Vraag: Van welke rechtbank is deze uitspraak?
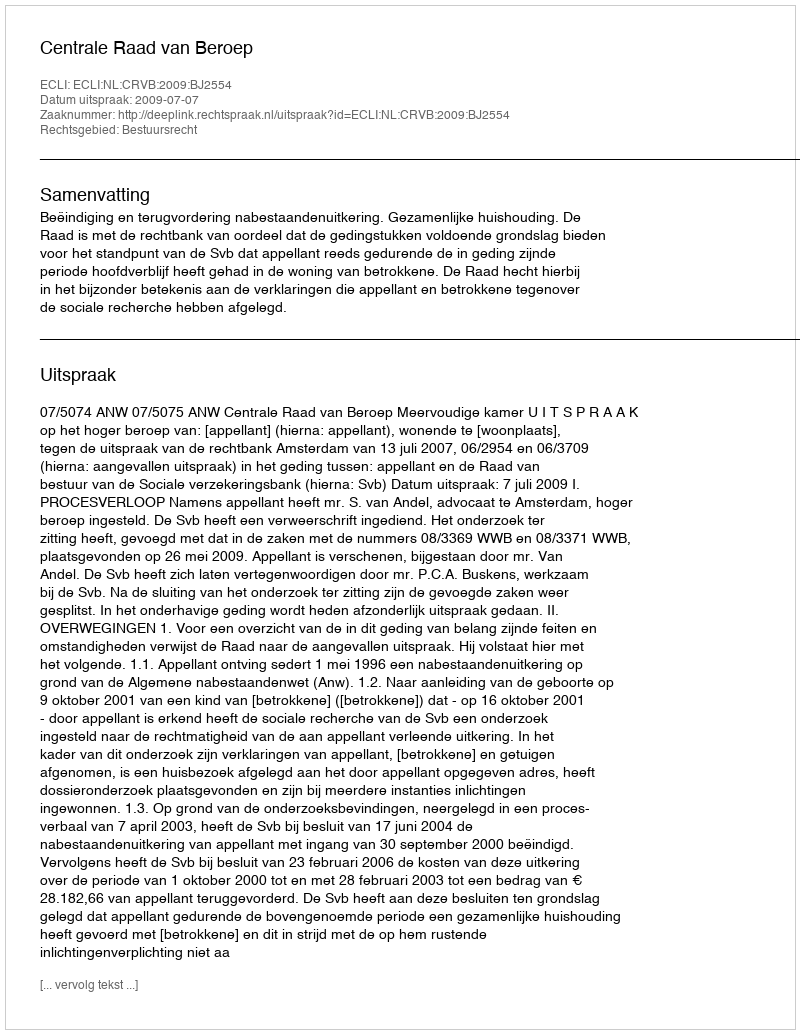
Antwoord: Centrale Raad van Beroep